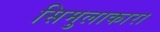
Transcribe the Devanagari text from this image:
सिमुलाकारा